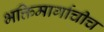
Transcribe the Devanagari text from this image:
भक्तिमार्गाचीच